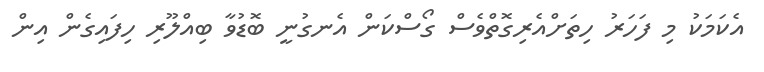
އެކަމަކު މި ފަހަރު ހިތަށްއެރިގޮތްވެސް ގޯސްކަން އެނގުނީ ބޮޑުވާ ބިއްލޫރި ހިފައިގެން އިން